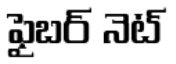
ఫైబర్ నెట్